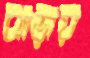
ঝাড়ায়